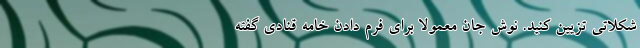
شکلاتی تزیین کنید. نوش جان معمولاً برای فرم دادن خامه قنادی گفته